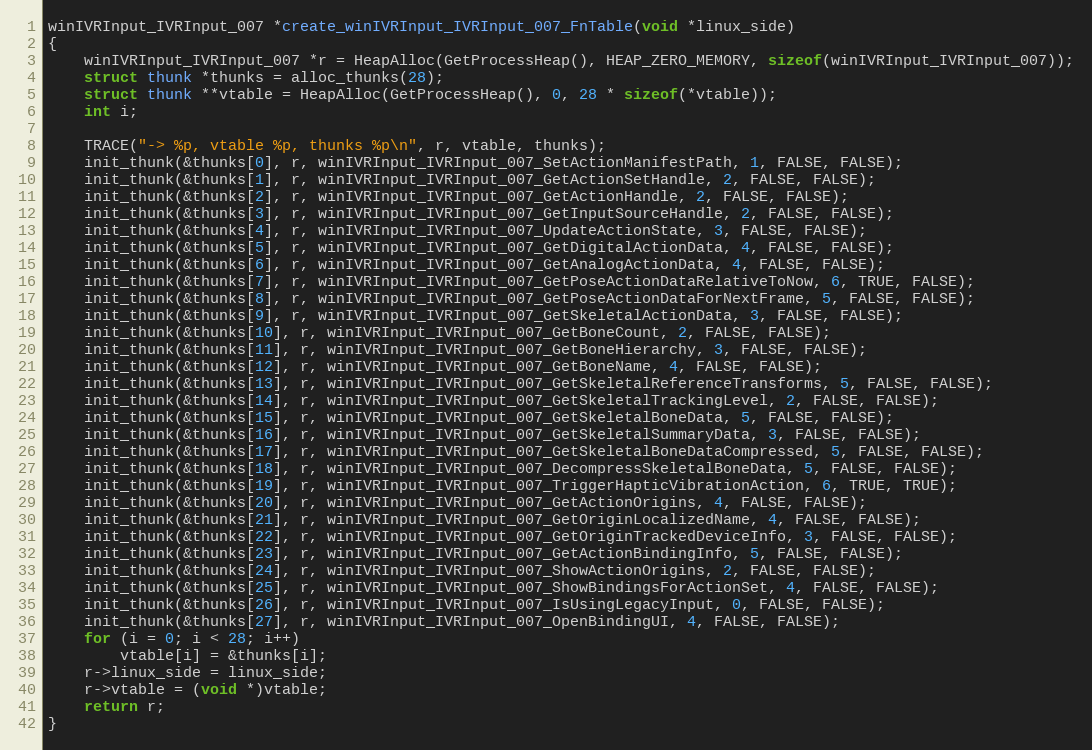
Language: C
winIVRInput_IVRInput_007 *create_winIVRInput_IVRInput_007_FnTable(void *linux_side)
{
    winIVRInput_IVRInput_007 *r = HeapAlloc(GetProcessHeap(), HEAP_ZERO_MEMORY, sizeof(winIVRInput_IVRInput_007));
    struct thunk *thunks = alloc_thunks(28);
    struct thunk **vtable = HeapAlloc(GetProcessHeap(), 0, 28 * sizeof(*vtable));
    int i;

    TRACE("-> %p, vtable %p, thunks %p\n", r, vtable, thunks);
    init_thunk(&thunks[0], r, winIVRInput_IVRInput_007_SetActionManifestPath, 1, FALSE, FALSE);
    init_thunk(&thunks[1], r, winIVRInput_IVRInput_007_GetActionSetHandle, 2, FALSE, FALSE);
    init_thunk(&thunks[2], r, winIVRInput_IVRInput_007_GetActionHandle, 2, FALSE, FALSE);
    init_thunk(&thunks[3], r, winIVRInput_IVRInput_007_GetInputSourceHandle, 2, FALSE, FALSE);
    init_thunk(&thunks[4], r, winIVRInput_IVRInput_007_UpdateActionState, 3, FALSE, FALSE);
    init_thunk(&thunks[5], r, winIVRInput_IVRInput_007_GetDigitalActionData, 4, FALSE, FALSE);
    init_thunk(&thunks[6], r, winIVRInput_IVRInput_007_GetAnalogActionData, 4, FALSE, FALSE);
    init_thunk(&thunks[7], r, winIVRInput_IVRInput_007_GetPoseActionDataRelativeToNow, 6, TRUE, FALSE);
    init_thunk(&thunks[8], r, winIVRInput_IVRInput_007_GetPoseActionDataForNextFrame, 5, FALSE, FALSE);
    init_thunk(&thunks[9], r, winIVRInput_IVRInput_007_GetSkeletalActionData, 3, FALSE, FALSE);
    init_thunk(&thunks[10], r, winIVRInput_IVRInput_007_GetBoneCount, 2, FALSE, FALSE);
    init_thunk(&thunks[11], r, winIVRInput_IVRInput_007_GetBoneHierarchy, 3, FALSE, FALSE);
    init_thunk(&thunks[12], r, winIVRInput_IVRInput_007_GetBoneName, 4, FALSE, FALSE);
    init_thunk(&thunks[13], r, winIVRInput_IVRInput_007_GetSkeletalReferenceTransforms, 5, FALSE, FALSE);
    init_thunk(&thunks[14], r, winIVRInput_IVRInput_007_GetSkeletalTrackingLevel, 2, FALSE, FALSE);
    init_thunk(&thunks[15], r, winIVRInput_IVRInput_007_GetSkeletalBoneData, 5, FALSE, FALSE);
    init_thunk(&thunks[16], r, winIVRInput_IVRInput_007_GetSkeletalSummaryData, 3, FALSE, FALSE);
    init_thunk(&thunks[17], r, winIVRInput_IVRInput_007_GetSkeletalBoneDataCompressed, 5, FALSE, FALSE);
    init_thunk(&thunks[18], r, winIVRInput_IVRInput_007_DecompressSkeletalBoneData, 5, FALSE, FALSE);
    init_thunk(&thunks[19], r, winIVRInput_IVRInput_007_TriggerHapticVibrationAction, 6, TRUE, TRUE);
    init_thunk(&thunks[20], r, winIVRInput_IVRInput_007_GetActionOrigins, 4, FALSE, FALSE);
    init_thunk(&thunks[21], r, winIVRInput_IVRInput_007_GetOriginLocalizedName, 4, FALSE, FALSE);
    init_thunk(&thunks[22], r, winIVRInput_IVRInput_007_GetOriginTrackedDeviceInfo, 3, FALSE, FALSE);
    init_thunk(&thunks[23], r, winIVRInput_IVRInput_007_GetActionBindingInfo, 5, FALSE, FALSE);
    init_thunk(&thunks[24], r, winIVRInput_IVRInput_007_ShowActionOrigins, 2, FALSE, FALSE);
    init_thunk(&thunks[25], r, winIVRInput_IVRInput_007_ShowBindingsForActionSet, 4, FALSE, FALSE);
    init_thunk(&thunks[26], r, winIVRInput_IVRInput_007_IsUsingLegacyInput, 0, FALSE, FALSE);
    init_thunk(&thunks[27], r, winIVRInput_IVRInput_007_OpenBindingUI, 4, FALSE, FALSE);
    for (i = 0; i < 28; i++)
        vtable[i] = &thunks[i];
    r->linux_side = linux_side;
    r->vtable = (void *)vtable;
    return r;
}